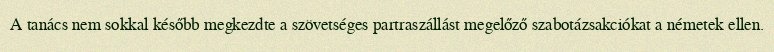
A tanács nem sokkal később megkezdte a szövetséges partraszállást megelőző szabotázsakciókat a németek ellen.